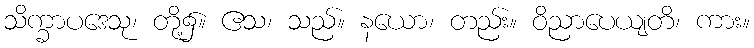
သိက္ခာပဒေသု၊ တို့၌။ ဧသ၊ သည်။ နယော၊ တည်း။ ဝိညာပေယျတိ၊ ကား။